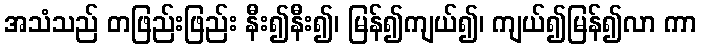
အသံသည် တဖြည်းဖြည်း နီး၍နီး၍၊ မြန်၍ကျယ်၍၊ ကျယ်၍မြန်၍လာ ကာ